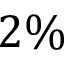
2 \%